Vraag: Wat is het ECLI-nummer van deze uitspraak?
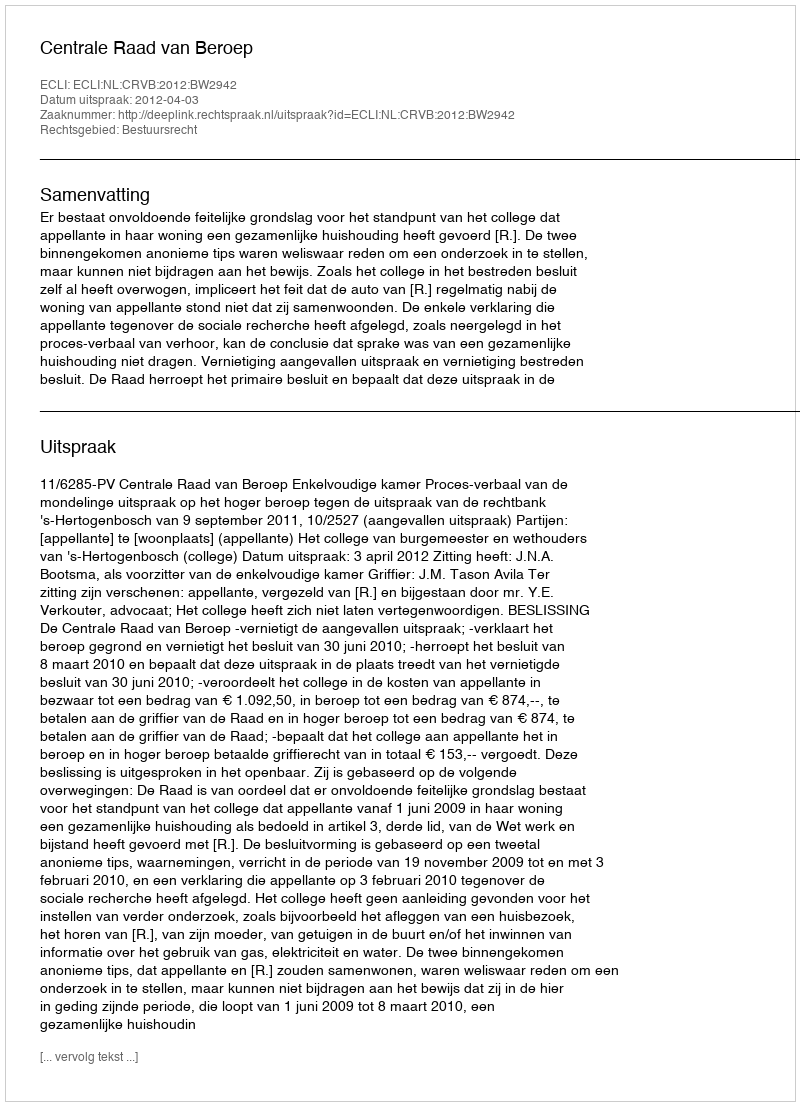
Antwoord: ECLI:NL:CRVB:2012:BW2942